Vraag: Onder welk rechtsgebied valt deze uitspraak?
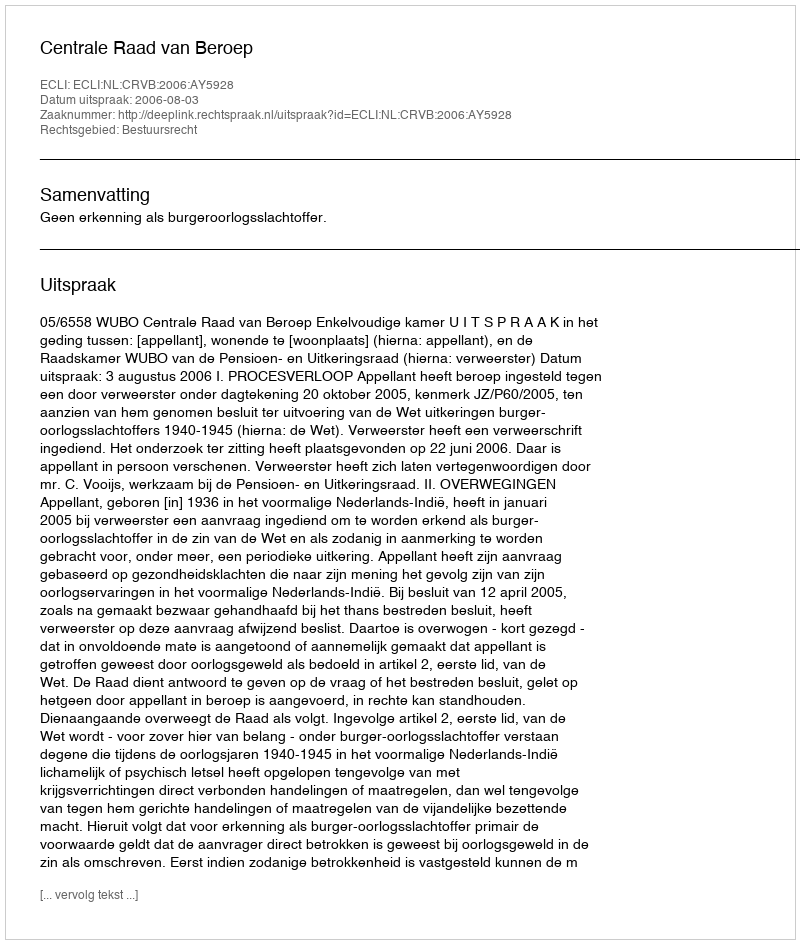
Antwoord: Bestuursrecht